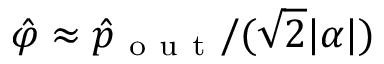
\hat { \varphi } \approx \hat { p } _ { \mathrm { ~ o ~ u ~ t ~ } } / ( \sqrt { 2 } | \alpha | )